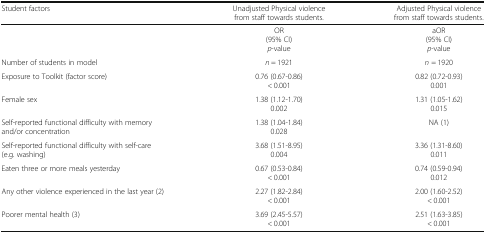
<table><thead><tr><td><b>Student factors</b></td><td><b>Unadjusted Physical violence from staff towards students.</b></td><td><b>Adjusted Physical violence from staff towards students.</b></td></tr></thead><tbody><tr><td>[EMPTY_CELL]</td><td>OR(95% CI)<i>p</i>-value</td><td>aOR(95% CI)<i>p</i>-value</td></tr><tr><td>Number of students in model</td><td><i>n</i> = 1921</td><td><i>n</i> = 1920</td></tr><tr><td>Exposure to Toolkit (factor score)</td><td>0.76 (0.67-0.86)&lt; 0.001</td><td>0.82 (0.72-0.93)0.001</td></tr><tr><td>Female sex</td><td>1.38 (1.12-1.70)0.002</td><td>1.31 (1.05-1.62)0.015</td></tr><tr><td>Self-reported functional difficulty with memory and/or concentration</td><td>1.38 (1.04-1.84)0.028</td><td>NA (1)</td></tr><tr><td>Self-reported functional difficulty with self-care (e.g. washing)</td><td>3.68 (1.51-8.95)0.004</td><td>3.36 (1.31-8.60)0.011</td></tr><tr><td>Eaten three or more meals yesterday</td><td>0.67 (0.53-0.84)&lt; 0.001</td><td>0.74 (0.59-0.94)0.012</td></tr><tr><td>Any other violence experienced in the last year (2)</td><td>2.27 (1.82-2.84)&lt; 0.001</td><td>2.00 (1.60-2.52)&lt; 0.001</td></tr><tr><td>Poorer mental health (3)</td><td>3.69 (2.45-5.57)&lt; 0.001</td><td>2.51 (1.63-3.85)&lt; 0.001</td></tr></tbody></table>